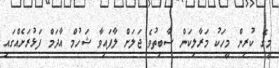
މީގެ ކުރިން މީހަކު މަރާލިކަން ސާބިތުވެ ޖަލަށް ލާފައިވާ ޝަހުމް އާދަމް ފަޅުރަށެއްގައި